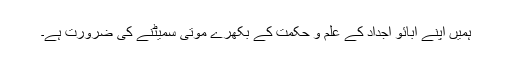
ہمیں اپنے آبائو اجداد کے علم و حکمت کے بکھرے موتی سمیٹنے کی ضرورت ہے۔